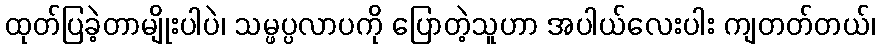
ထုတ်ပြခဲ့တာမျိုးပါပဲ၊ သမ္ဖပ္ပလာပကို ပြောတဲ့သူဟာ အပါယ်လေးပါး ကျတတ်တယ်၊